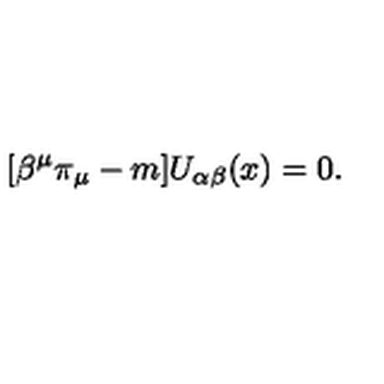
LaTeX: \lbrack \beta ^ { \mu } \pi _ { \mu } - m ] U _ { \alpha \beta } ( x ) = 0 .